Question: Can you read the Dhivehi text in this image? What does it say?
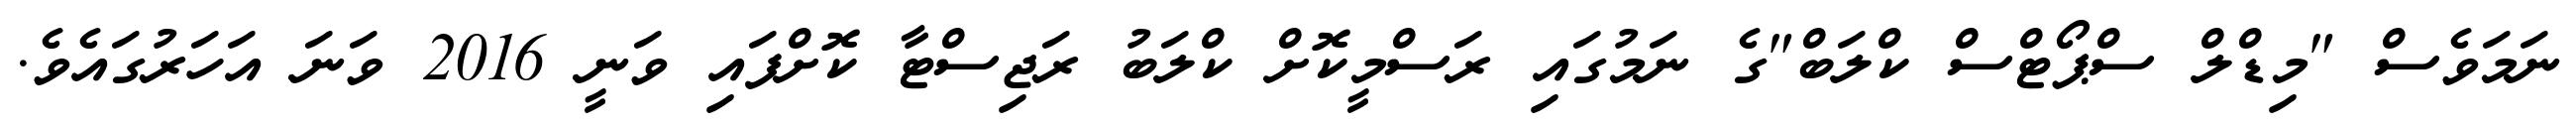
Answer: ނަމަވެސް "މިޑްލް ސްޕޯޓްސް ކްލަބް"ގެ ނަމުގައި ރަސްމީކޮށް ކްލަބު ރަޖިސްޓާ ކޮށްފައި ވަނީ 2016 ވަނަ އަހަރުގައެވެ.